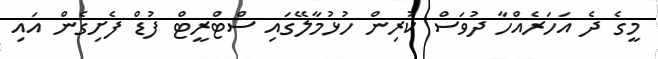
މީގެ ދެ އަހަރެއްހާ ދުވަސް ކުރިން ހުޅުމާލޭގައި ސްޓްރީޓް ފުޑް ފެށިގެން އައި